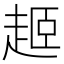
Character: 𬦎